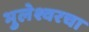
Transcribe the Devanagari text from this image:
भुलेश्वरचा